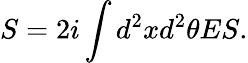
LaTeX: S=2i\int d^{2}xd^{2}\theta ES.